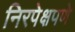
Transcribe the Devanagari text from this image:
निरपेक्षपणे